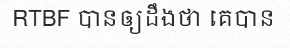
RTBF បានឲ្យដឹងថា គេបាន